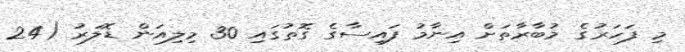
މި ފަހަރުގެ މުބާރާތަށް އިނާމު ފައިސާގެ ގޮތުގައި 30 މިލިއަން ޑޮލަރު (24